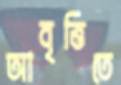
আবৃত্তিতে